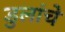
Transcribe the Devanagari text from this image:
डुलांचे